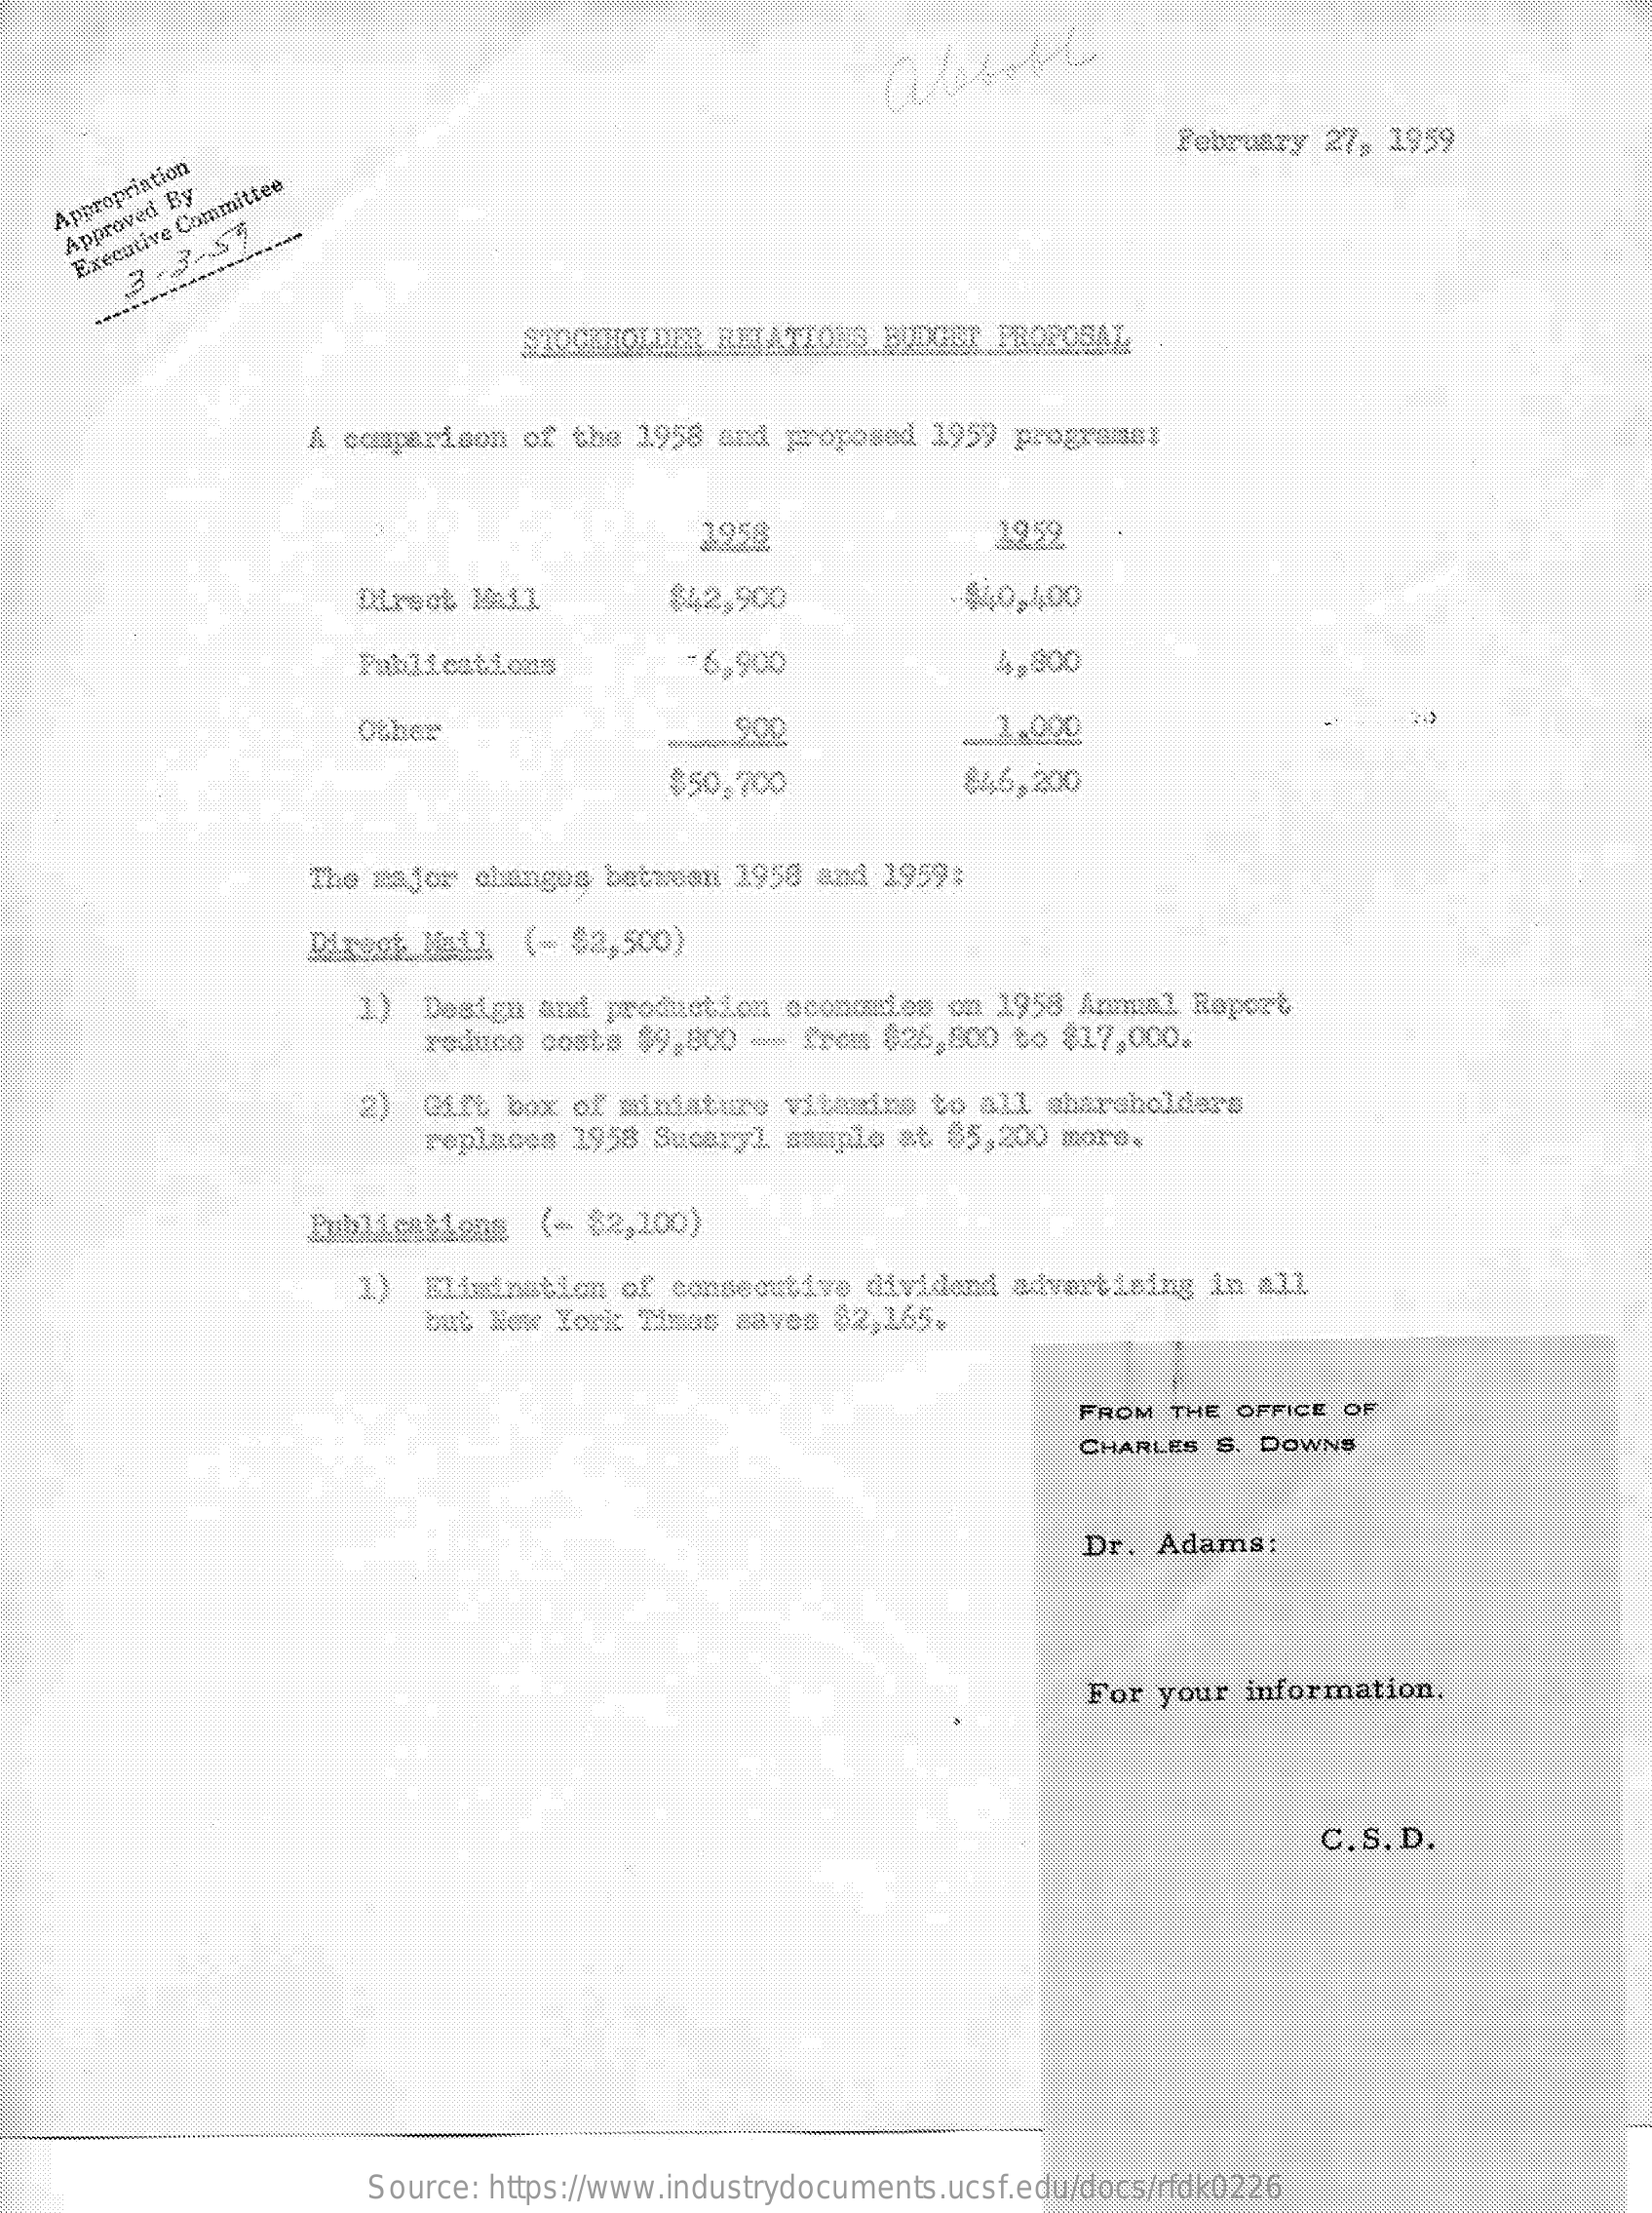
February  27, 1959
    Appropriation
    Approved
     By
     Executive
     Committee
     3
     -3-57
     PROPOSA
     A comparison  of the 1958 and  proposod 1959 programs;
     1958    1959
     Direct  Mail    $42,900    $40,400
     Publications    6,900    4,800
     Other
     -
     $50.700    $46,200
     The major  changos botrean  1950 and 1959:
     (= 82,500)
     1)  Design  and production  oconcries  on 1958 Annual Ropert
     reduce costa $9,800  -  from 026,800  bo 817,000.
     2)  Girt box of miniature  vitamine to all  abarsholdere
     replaces 1958 Sucazyl  sample at $5,200  more.
     Publications   (- 82,100)
     1)  Elimination  of consecutive  dividend  advertising in all
     but New York Times  saves 82,165.
     FROM  THE OFFICE OF
     CHARLES  S. DOWNS
     Dr.  Adams:
     For  your  information.
     C.S. D.
     Source: https://www.industrydocuments.ucsf.edu/docs/rfdk0226